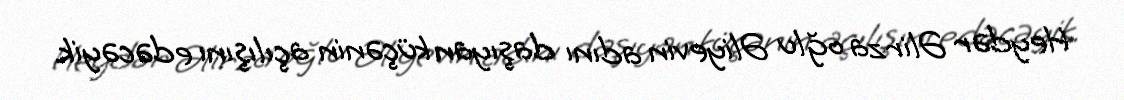
Heydər Əlirza oğlu Əliyevin adını daşıyan küçənin açılışını edəcəyik.